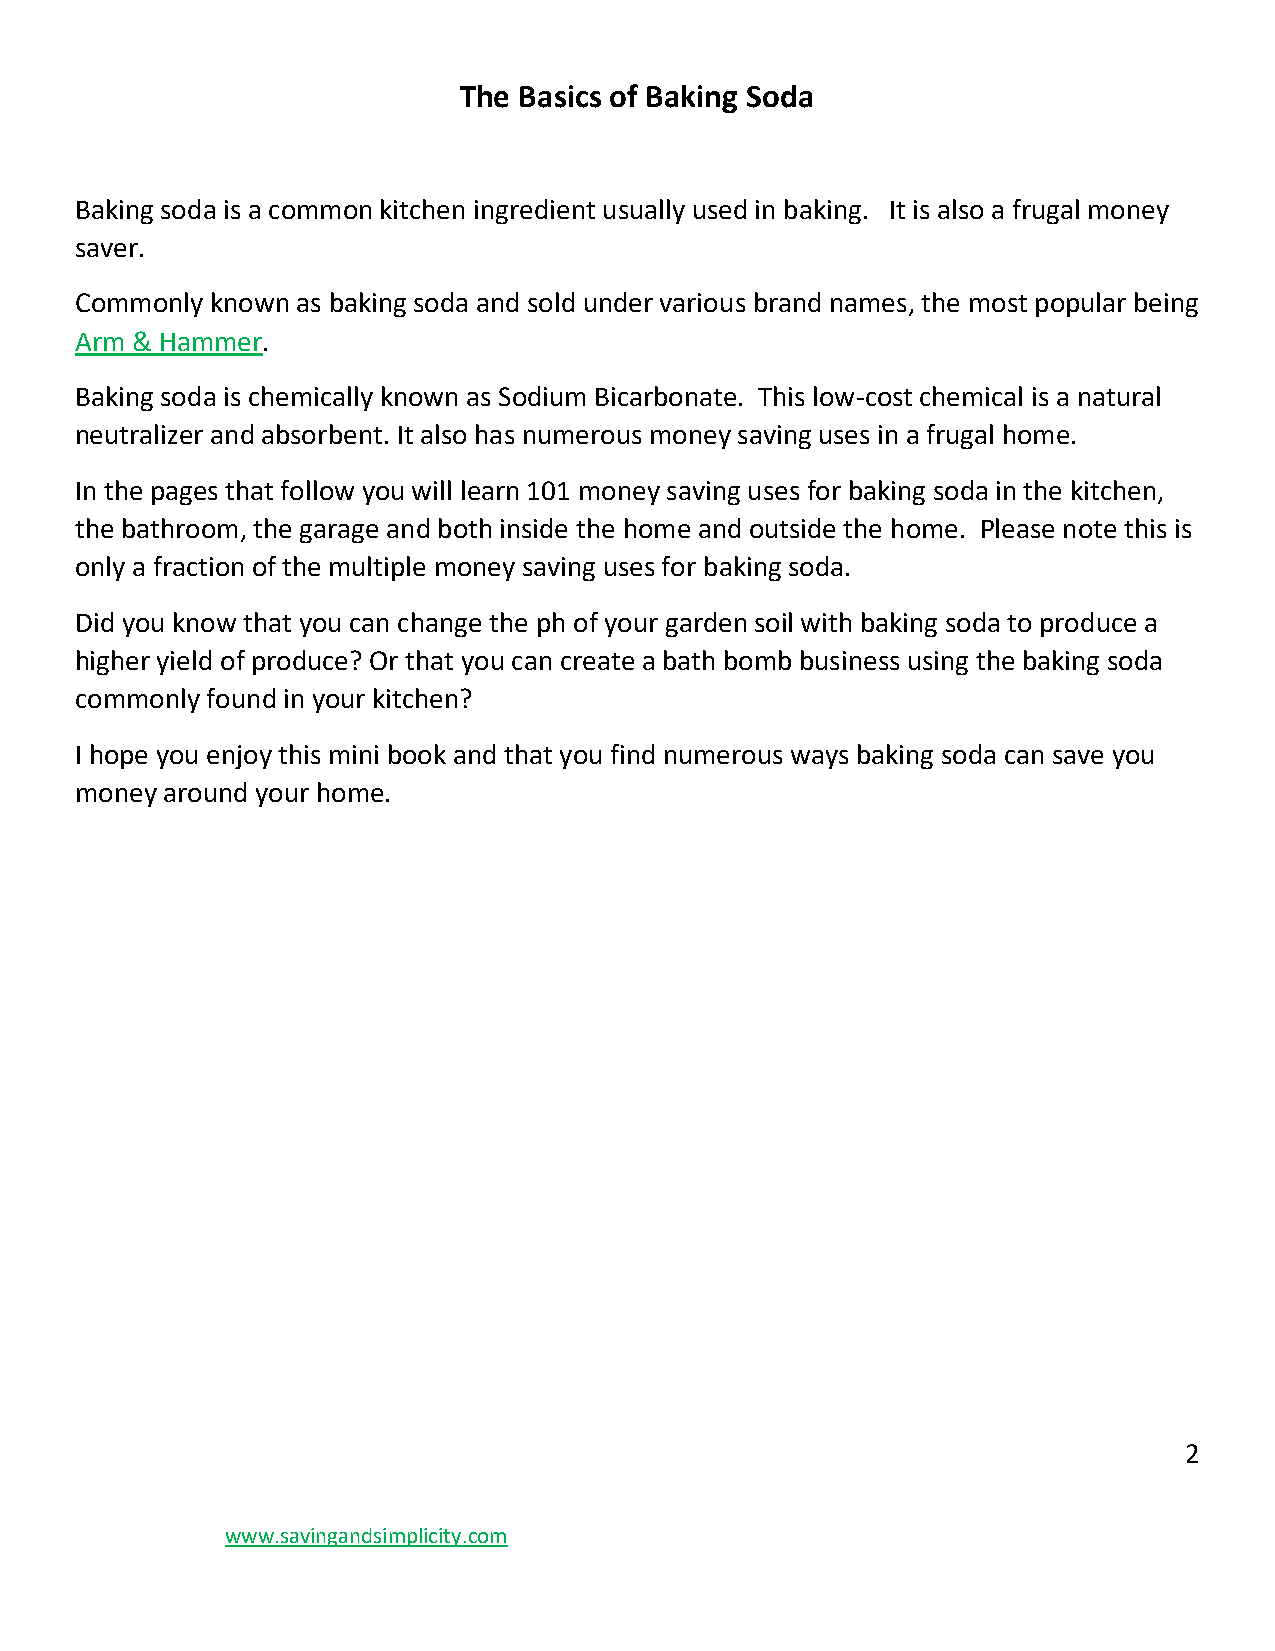
The Basics of Baking Soda
 Baking soda is a common kitchen ingredient usually used in baking. It is also a frugal money
 saver.
 Commonly known as baking soda and sold under various brand names, the most popular being
 Arm & Hammer.
 Baking soda is chemically known as Sodium Bicarbonate. This low-cost chemical is a natural
 neutralizer and absorbent. It also has numerous money saving uses in a frugal home.
 In the pages that follow you will learn 101 money saving uses for baking soda in the kitchen,
 the bathroom, the garage and both inside the home and outside the home. Please note this is
 only a fraction of the multiple money saving uses for baking soda.
 Did you know that you can change the ph of your garden soil with baking soda to produce a
 higher yield of produce? Or that you can create a bath bomb business using the baking soda
 commonly found in your kitchen?
 I hope you enjoy this mini book and that you find numerous ways baking soda can save you
 money around your home.
 2
 www.savingandsimplicity.com